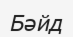
Бәйд